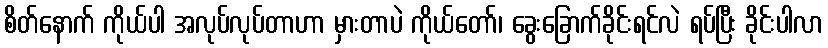
စိတ်နောက် ကိုယ်ပါ အလုပ်လုပ်တာဟာ မှားတာပဲ ကိုယ်တော်၊ ခွေးခြောက်ခိုင်းရင်လဲ ရပ်ပြီး ခိုင်းပါလာ